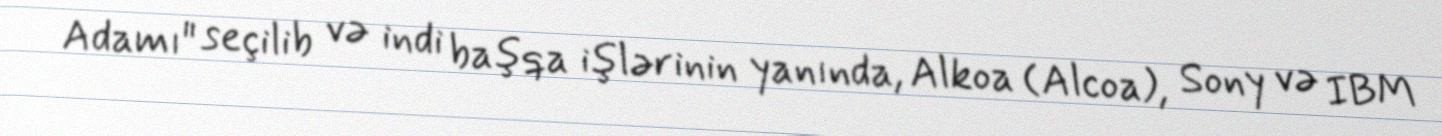
Adamı" seçilib və indi başqa işlərinin yanında, Alkoa (Alcoa), Sony və IBM